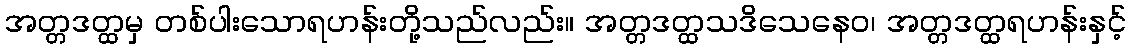
အတ္တဒတ္ထမှ တစ်ပါးသောရဟန်းတို့သည်လည်း။ အတ္တဒတ္ထသဒိသေနေဝ၊ အတ္တဒတ္ထရဟန်းနှင့်